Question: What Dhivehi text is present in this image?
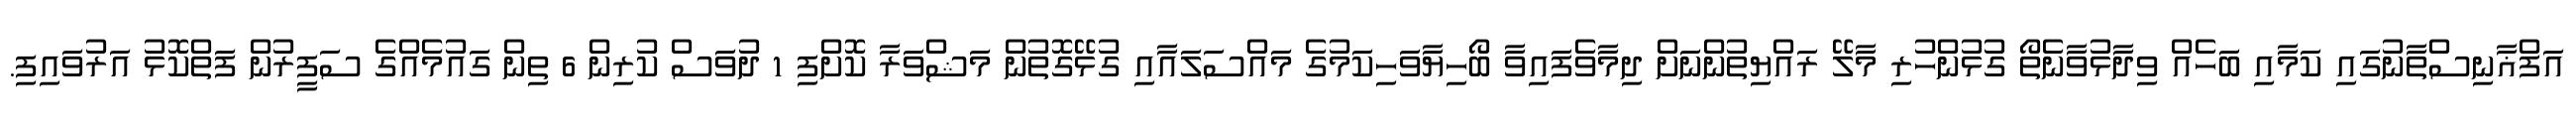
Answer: އަފްޣާނިސްތާނުގައި ކަމާއި ބަހެއް ވިދާޅުވާނެތޯ ގުޅުންހުރި މާލޭ ރައްޔިތުންނަށް ދިމާވެފައިވާ ބޯހިޔާވަހިކަމުގެ މައްސަލައާއި ގުޅޭގޮތުން މަޝްވަރާ ކޮށްފި 1 ދުވަސް ކުރިން 6 ތިން ގައުމެއްގެ ސަފީރުން ފަތްކޮޅު އަރުވައިފި.